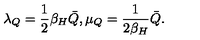
\lambda _ { Q } = { \frac { 1 } { 2 } } \beta _ { H } \bar { Q } , \mu _ { Q } = { \frac { 1 } { 2 \beta _ { H } } } \bar { Q } .